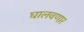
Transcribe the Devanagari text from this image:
घालवणार